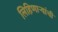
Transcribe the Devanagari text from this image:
लिहिणाऱ्यांची